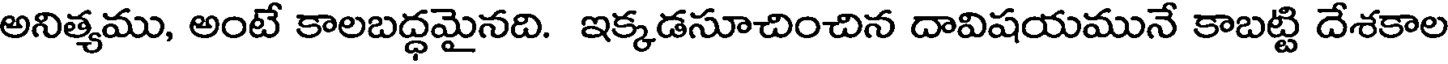
అనిత్యము, అంటే కాలబద్ధమైనది. ఇక్కడసూచించిన దావిషయమునే కాబట్టి దేశకాల